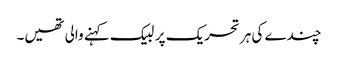
چندے کی ہر تحریک پر لبیک کہنے والی تھیں۔